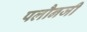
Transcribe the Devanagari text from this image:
पलौनजी